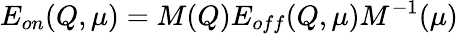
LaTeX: E_{on}(Q,\mu)=M(Q)E_{off}(Q,\mu)M^{-1}(\mu)